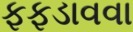
ફફડાવવા